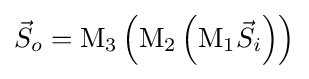
{\vec {S}}_{o}=\mathrm {M} _{3}\left(\mathrm {M} _{2}\left(\mathrm {M} _{1}{\vec {S}}_{i}\right)\right)